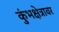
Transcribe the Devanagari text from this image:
कुंभक्षेत्रावर